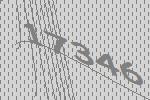
17346